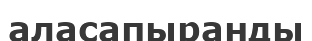
аласапыранды